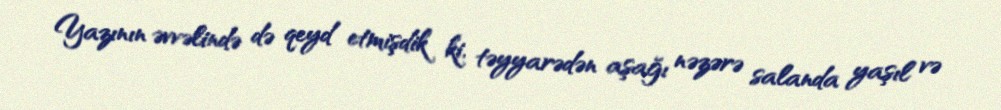
Yazının əvvəlində də qeyd etmişdik ki, təyyarədən aşağı nəzərə salanda yaşıl və